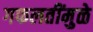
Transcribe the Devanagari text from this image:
गफलतींमुळे